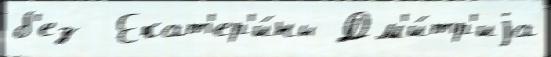
б'ез  Екат'ер'и́ны Дм'и́тр'иjа